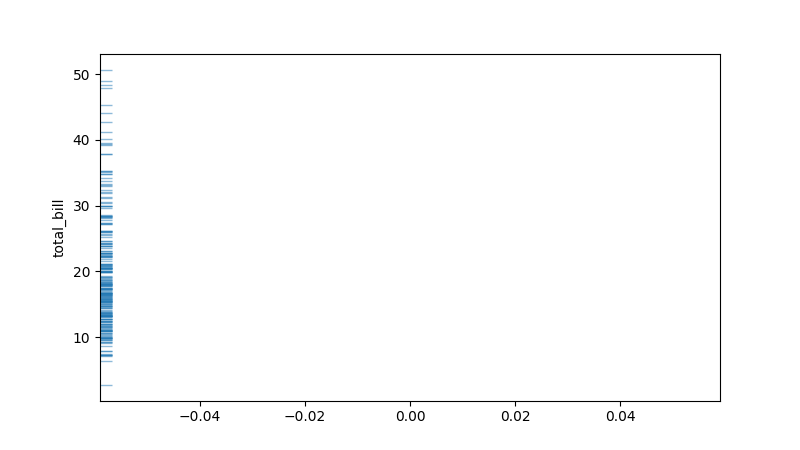
python, seaborn, rugplot, height=0.02, axis='y', alpha=0.5